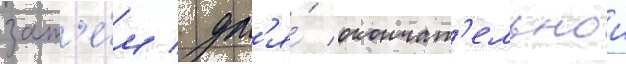
зат'е́м / дл'я́ окончат'ельнои